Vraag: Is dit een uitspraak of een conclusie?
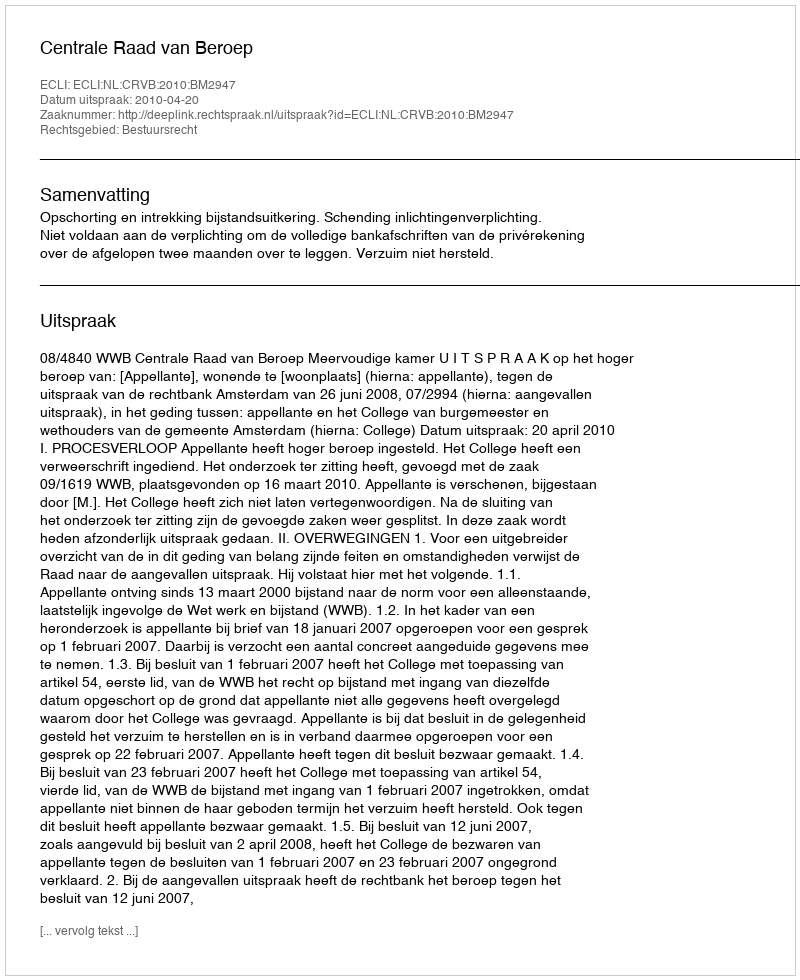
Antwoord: Uitspraak